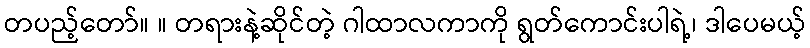
တပည့်တော်။ ။ တရားနဲ့ဆိုင်တဲ့ ဂါထာလကာကို ရွတ်ကောင်းပါရဲ့၊ ဒါပေမယ့်